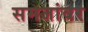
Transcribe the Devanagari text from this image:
समजांवर